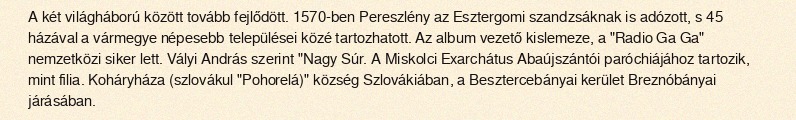
A két világháború között tovább fejlődött. 1570-ben Pereszlény az Esztergomi szandzsáknak is adózott, s 45 házával a vármegye népesebb települései közé tartozhatott. Az album vezető kislemeze, a "Radio Ga Ga" nemzetközi siker lett. Vályi András szerint "Nagy Súr. A Miskolci Exarchátus Abaújszántói paróchiájához tartozik, mint filia. Koháryháza (szlovákul "Pohorelá)" község Szlovákiában, a Besztercebányai kerület Breznóbányai járásában.